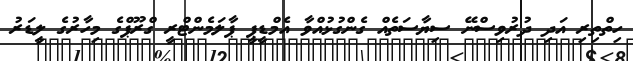
ހިތްތިރި އަދި ދުރުވިސްނޭ ސިޔާސަތެއް ގެންގުޅުއްވާ އެމްޑީޕީ ޕާލަމެންޓްރީ ގްރޫޕްގެ މިހާރުގެ ލީޑަރު